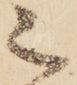
之